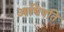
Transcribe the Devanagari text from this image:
आधिपति